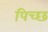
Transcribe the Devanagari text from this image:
पिच्छ